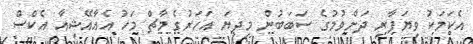
އެކަމަކު ވިޔަފާރި ދަށްވުމުގެ ސަބަބުން މިދިޔަ އަހަރުގެ މާޗް މަހު އެއާއޭޝިއާ އެކްސް